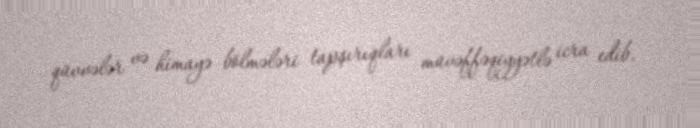
qüvvələr və himayə bölmələri tapşırıqları müvəffəqiyyətlə icra edib.